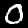
Label: 0